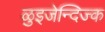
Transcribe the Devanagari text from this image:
ळुइजेन्दिज्क